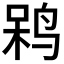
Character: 𲍹